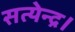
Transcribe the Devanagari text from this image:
सत्येन्द्र।